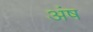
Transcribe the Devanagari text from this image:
अंष